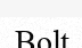
Bolt